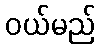
ဝယ်မည်